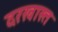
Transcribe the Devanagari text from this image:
दरखास्त